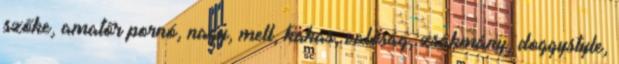
szőke, amatőr pornó, nagy, mell, kakas, valóság, zsákmány, doggystyle,